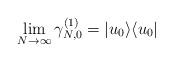
LaTeX: \begin{align*}\lim_{N\rightarrow\infty}\gamma^{(1)}_{N,0}=|u_0\rangle\langle u_0|\end{align*}